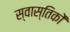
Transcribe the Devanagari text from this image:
स्वास्तिकों